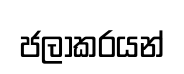
ජලාකරයන්